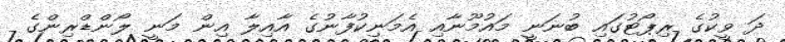
ދަ ވީކުގެ ރިޕޯޓުގައި ބުނަނީ މައުމޫނާއި އެމަނިކުފާނުގެ އާއިލާ އިން މަނީ ލޯންޑްރިންގެ